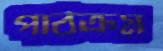
পাঠক্রম